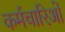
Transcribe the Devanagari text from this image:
कर्मचारिओं